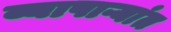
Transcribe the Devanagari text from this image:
व्यापाऱ्यांत